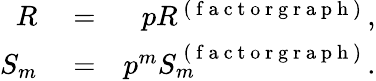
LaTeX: \begin{array}{rlr}{R}&{{}=}&{pR^{\mathrm{~(~f~a~c~t~o~r~g~r~a~p~h~)~}},}\\ {S_{m}}&{{}=}&{p^{m}S_{m}^{\mathrm{~(~f~a~c~t~o~r~g~r~a~p~h~)~}}.}\end{array}